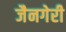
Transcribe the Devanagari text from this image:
जैनगेरी